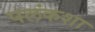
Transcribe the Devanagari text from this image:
पलंकशा